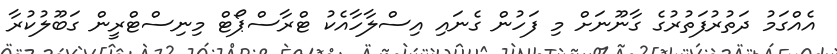
އެއްގަމު ދަތުރުފަތުރުގެ ގާނޫނަށް މި ފަހުން ގެނައި އިސްލާހާއެކު ޓްރާސްޕޯޓް މިނިސްޓްރީން ގަބޫލުކުރާ